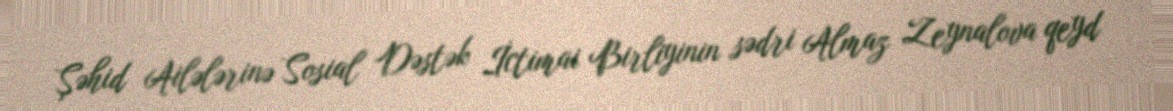
Şəhid Ailələrinə Sosial Dəstək İctimai Birliyinin sədri Almaz Zeynalova qeyd